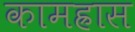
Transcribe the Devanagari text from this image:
कामह्रास